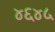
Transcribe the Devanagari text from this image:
४६४५